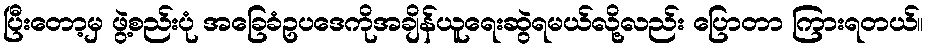
ပြီးတော့မှ ဖွဲ့စည်းပုံ အခြေခံဥပဒေကိုအချိန်ယူရေးဆွဲရမယ်လို့လည်း ပြောတာ ကြားရတယ်။